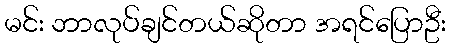
မင်း ဘာလုပ်ချင်တယ်ဆိုတာ အရင်ပြောဦး